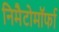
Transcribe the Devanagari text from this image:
निमैटोमॉर्फा